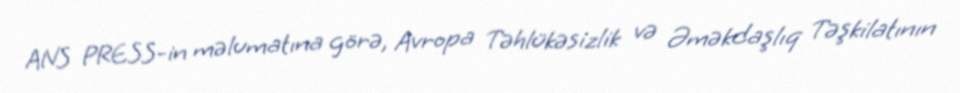
ANS PRESS-in məlumatına görə, Avropa Təhlükəsizlik və Əməkdaşlıq Təşkilatının